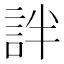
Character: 詊